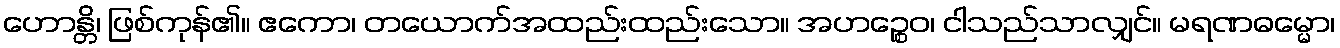
ဟောန္တိ၊ ဖြစ်ကုန်၏။ ဧကော၊ တယောက်အထည်းထည်းသော။ အဟဉ္စေဝ၊ ငါသည်သာလျှင်။ မရဏဓမ္မော၊